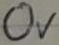
Text: 0V